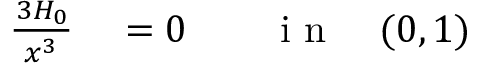
\begin{array} { r l r l } { \frac { \d ^ { 3 } H _ { 0 } } { \d x ^ { 3 } } } & { { } = 0 } & { } & { { } \mathrm { ~ i ~ n ~ } \quad ( 0 , 1 ) } \end{array}